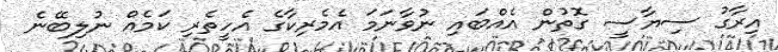
އިރާގު ސިޔާސީ ގޮތުން އެއްބައި ނުވާނަމަ އެމެރިކާގެ އެހީތެރި ކަމެއް ނުލިބޭނެ